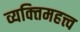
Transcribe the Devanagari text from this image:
व्यक्‍तिमहत्त्व